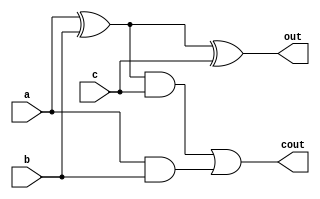

`timescale 1ns/1ns

module FA(a,b,c,out, cout);
input a,b,c;
output out, cout;

assign out = a^b^c;
assign cout = ((a^b)&c)|(a&b);
endmodule